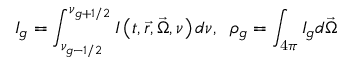
I _ { g } = \int _ { \nu _ { g - { 1 \mathord { \left/ { \vphantom { 1 2 } } \right. \kern - \nulldelimiterspace } 2 } } } ^ { \nu _ { g + { 1 \mathord { \left/ { \vphantom { 1 2 } } \right. \kern - \nulldelimiterspace } 2 } } } I \left( t , \vec { r } , \vec { \Omega } , \nu \right) d \nu , \; \; \rho _ { g } = \int _ { \mathrm { 4 } \pi } I _ { g } d \vec { \Omega }